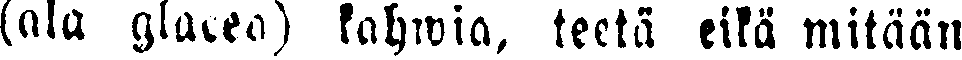
(nla glacea) kahwia, teetä eikä mitään